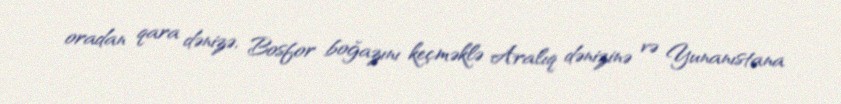
oradan qara dənizə, Bosfor boğazını keçməklə Aralıq dənizinə və Yunanıstana